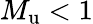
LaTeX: M_{\mathrm{u}}<1